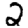
Digit: 2